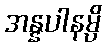
အန္နပါနမ္ပိ